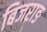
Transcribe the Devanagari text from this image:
बिजराङ